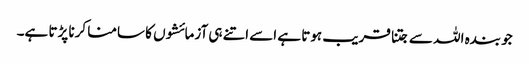
جو بندہ اللہ سے جتنا قریب ہوتا ہے اسے اتنے ہی آزمائشوں کا سامنا کرنا پڑتا ہے۔